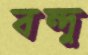
বন্দু